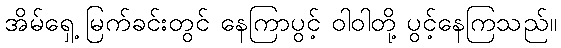
အိမ်ရှေ့ မြက်ခင်းတွင် နေကြာပွင့် ဝါဝါတို့ ပွင့်နေကြသည်။